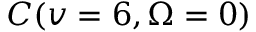
C ( v = 6 , \ensuremath { \Omega } = 0 )